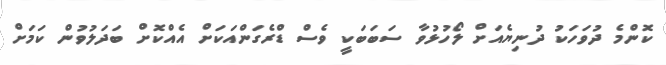
ކޮންމެ ދުވަހަކު ދުނިޔެއަށް ލޯހުޅުވާ ސަބަބަކީ ވެސް ޑްރެގަންއަކަށް އެއްކޮށް ބަދަލުވުން ކަމަށް